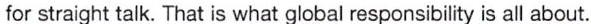
for straight talk. That is what global responsibility is all about.